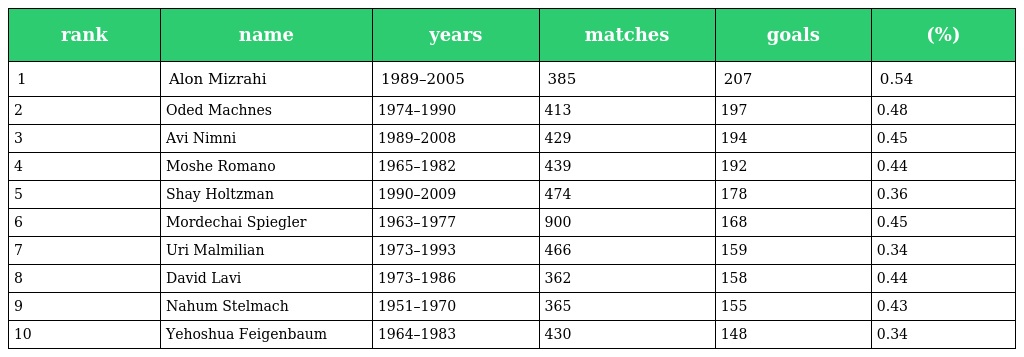
| rank | name | years | matches | goals | (%) |
 | --- | --- | --- | --- | --- | --- |
 | 1 | Alon Mizrahi | 1989–2005 | 385 | 207 | 0.54 |
 | 2 | Oded Machnes | 1974–1990 | 413 | 197 | 0.48 |
 | 3 | Avi Nimni | 1989–2008 | 429 | 194 | 0.45 |
 | 4 | Moshe Romano | 1965–1982 | 439 | 192 | 0.44 |
 | 5 | Shay Holtzman | 1990–2009 | 474 | 178 | 0.36 |
 | 6 | Mordechai Spiegler | 1963–1977 | 900 | 168 | 0.45 |
 | 7 | Uri Malmilian | 1973–1993 | 466 | 159 | 0.34 |
 | 8 | David Lavi | 1973–1986 | 362 | 158 | 0.44 |
 | 9 | Nahum Stelmach | 1951–1970 | 365 | 155 | 0.43 |
 | 10 | Yehoshua Feigenbaum | 1964–1983 | 430 | 148 | 0.34 |